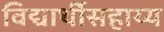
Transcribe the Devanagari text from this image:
विद्यार्थीसहाय्य